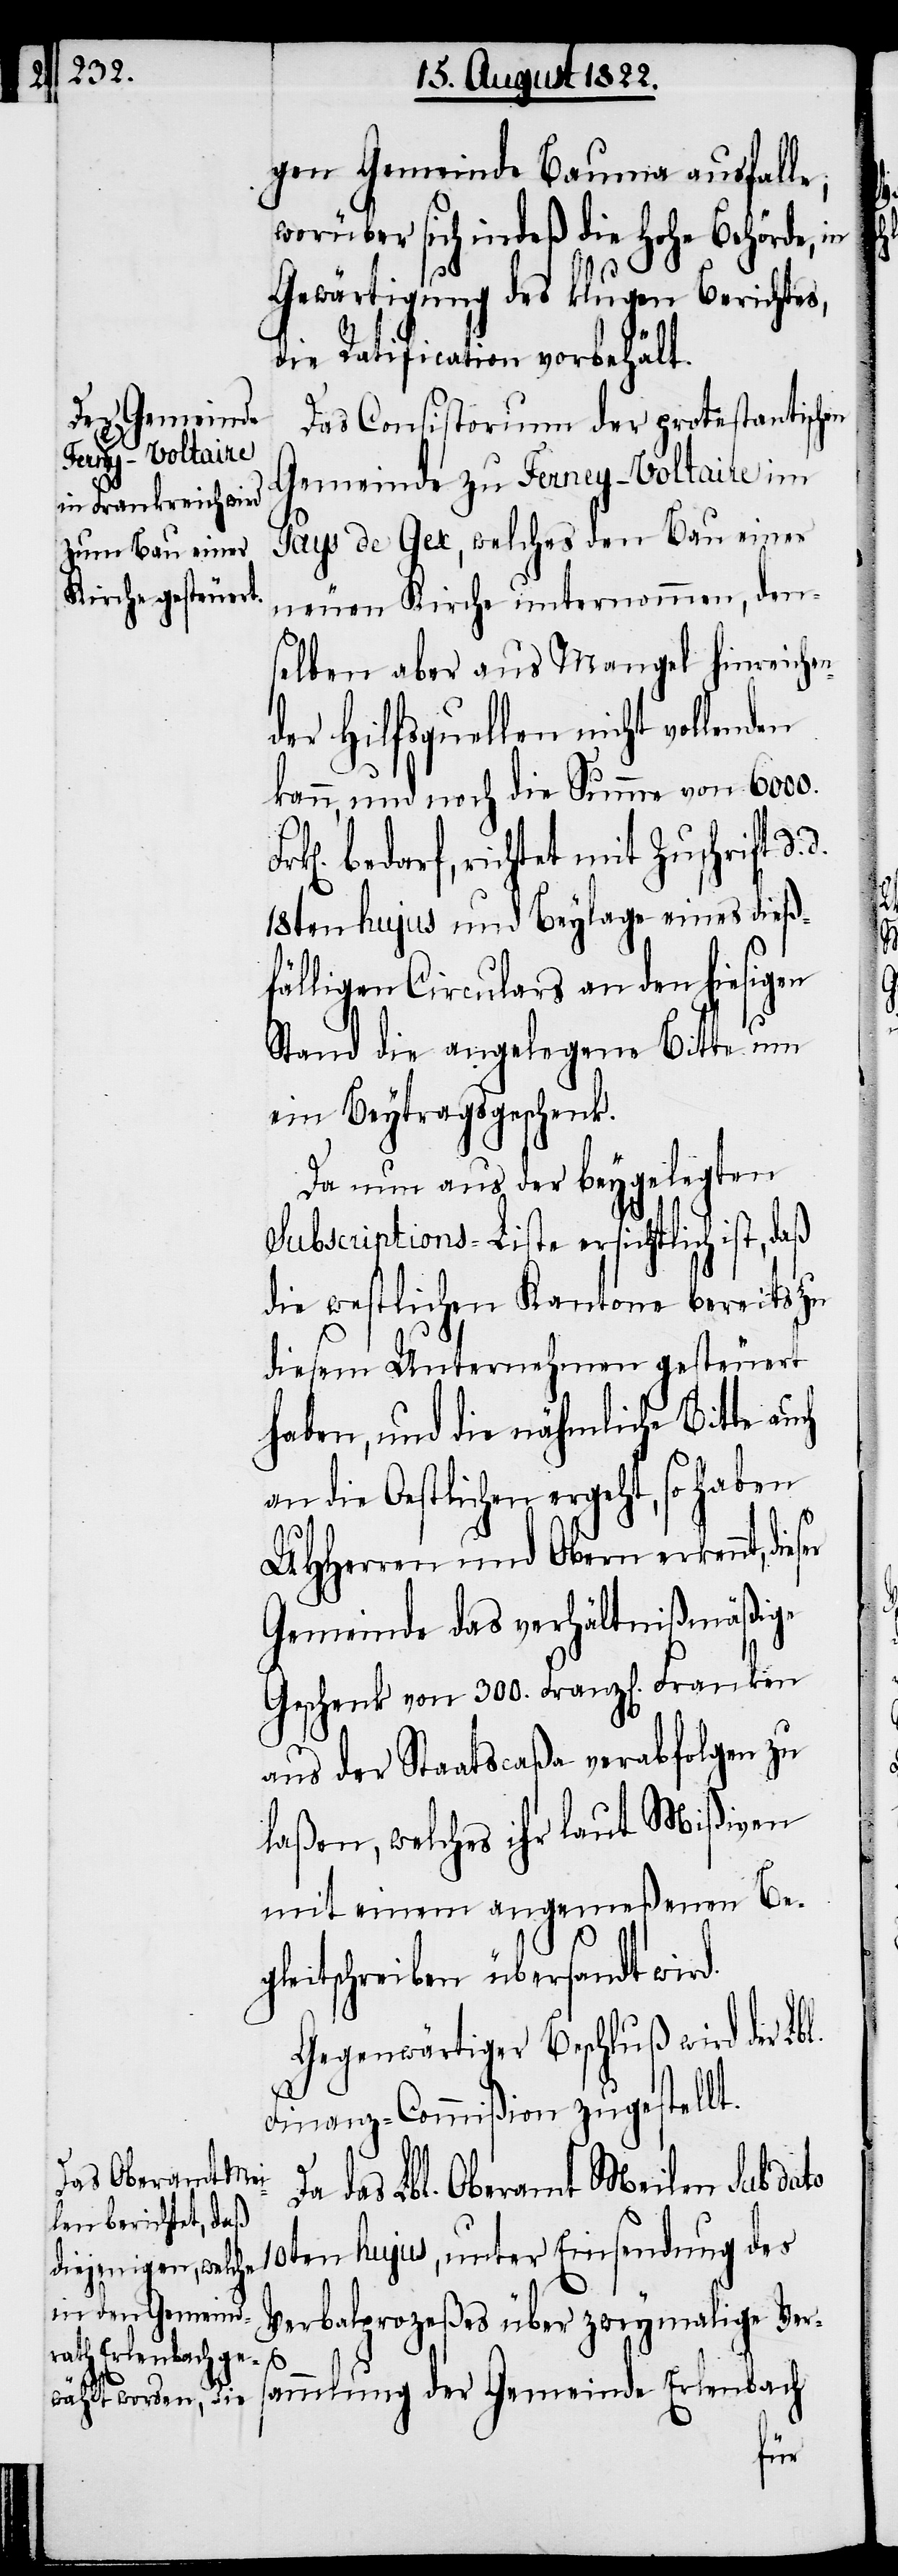
n¬

gen Gemeinde Bauma ausfalle;
worüber sich indeß die Hohe Behörde, in
Gewärtigung des klugen Berichtes,
die Ratification vorbehält.
Das Constitorium der protestantischen
Gemeinde zu Ferney-Voltaire im
Pays de Gex, welches den Bau einer
neuen Kirche unternommen, den¬
selben aber aus Mangel hinreiche¬
der Hilfsquellen nicht vollenden
kann, und noch die Summe von 6000.
bedarf, richtet mit Zuschrift d.
18ten hujus und Beylage eines dieß¬
fälligen Circulars an den hiesigen
Stand die angelegene Bitte um
ein Beytragsgeschenk.
Da nun aus der beygelegten
Subscritptions-Liste ersichtlich ist, daß
die westlichen Kantone bereits zu
diesem Unternehmen gesteuert
haben, und die nähmliche Bitte auch
an die Oestlichen ergeht, so haben
UHHerrn und Obern erkennt, die¬
Gemeinde das verhältnißmäßige
Geschenk von 300. Franz[ösischen]
aus der Staatscasa verabfolgen zu
laßen, welche ihr laut Mißiven
mit einem angemeßenen Be¬
gleitschreiben übersandt wird.
Gegenwärtiger Beschluß wird der Lbl.
Finanz-Commißion zugestellt.
Da das Lbl. Oberamt Meilen Sub dato
Verbalprozeßes über zweymalige Ver¬
s¬
ammlung der Gemeinde Erlenbach